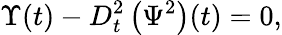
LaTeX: \Upsilon(t)-D_{t}^{2}\left(\Psi^{2}\right)(t)=0,